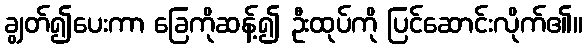
ချွတ်၍ပေးကာ ခြေကိုဆန့်၍ ဦးထုပ်ကို ပြင်ဆောင်းလိုက်၏။